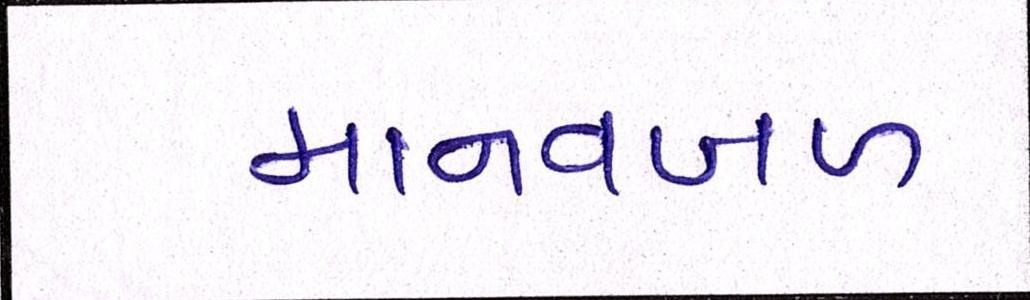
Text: માનવબળ